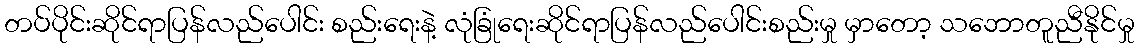
တပ်ပိုင်းဆိုင်ရာပြန်လည်ပေါင်း စည်းရေးနဲ့ လုံခြုံရေးဆိုင်ရာပြန်လည်ပေါင်းစည်းမှု မှာတော့ သဘောတူညီနိုင်မှု